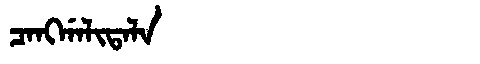
Manchu: ᠴᠠᠩᡤᠠᠯᡳᡨᠠᠯᠠ
Romanization: CANGGALITALA